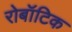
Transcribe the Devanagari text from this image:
रोबॉटिक